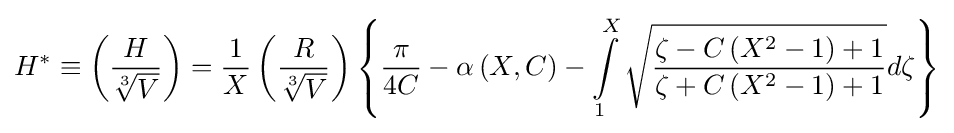
H^{*}\equiv \left({\frac {H}{\sqrt[{3}]{V}}}\right)={\frac {1}{X}}\left({\frac {R}{\sqrt[{3}]{V}}}\right)\left\{{\frac {\pi }{4C}}-\alpha \left(X,C\right)-\int \limits _{1}^{X}{\sqrt {\frac {\zeta -C\left(X^{2}-1\right)+1}{\zeta +C\left(X^{2}-1\right)+1}}}d\zeta \right\}